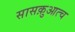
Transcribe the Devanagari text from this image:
सासक़ुआत्च